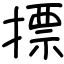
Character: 摽